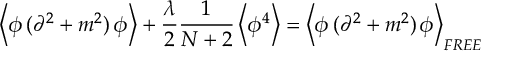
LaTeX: \left< \phi \, ( \partial ^ { 2 } + m ^ { 2 } ) \, \phi \right> + \frac { \lambda } { 2 } \frac { 1 } { N + 2 } \left< \phi ^ { 4 } \right> = \left< \phi \, ( \partial ^ { 2 } + m ^ { 2 } ) \, \phi \right> _ { F R E E }